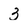
Character: 3